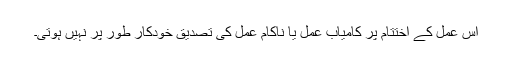
اس عمل کے اختتام پر کامیاب عمل یا ناکام عمل کی تصدیق خودکار طور پر نہیں ہوتی۔